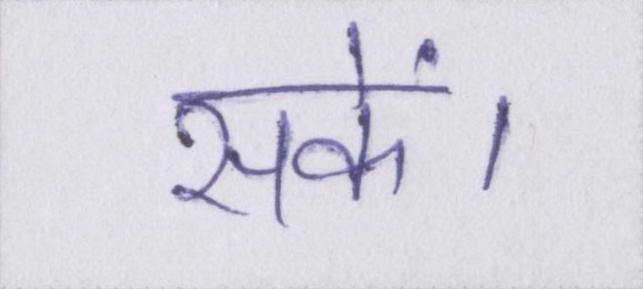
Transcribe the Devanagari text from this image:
सकें।